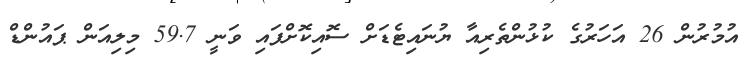
އުމުރުން 26 އަހަރުގެ ކުޅުންތެރިއާ ޔުނައިޓެޑަށް ސޮއިކޮށްފައި ވަނީ 59.7 މިލިއަން ޕައުންޑް